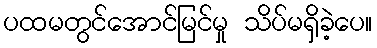
ပထမတွင်အောင်မြင်မှု သိပ်မရှိခဲ့ပေ။